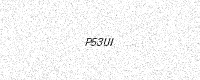
Text: P53UI